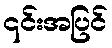
၎င်းအပြင်